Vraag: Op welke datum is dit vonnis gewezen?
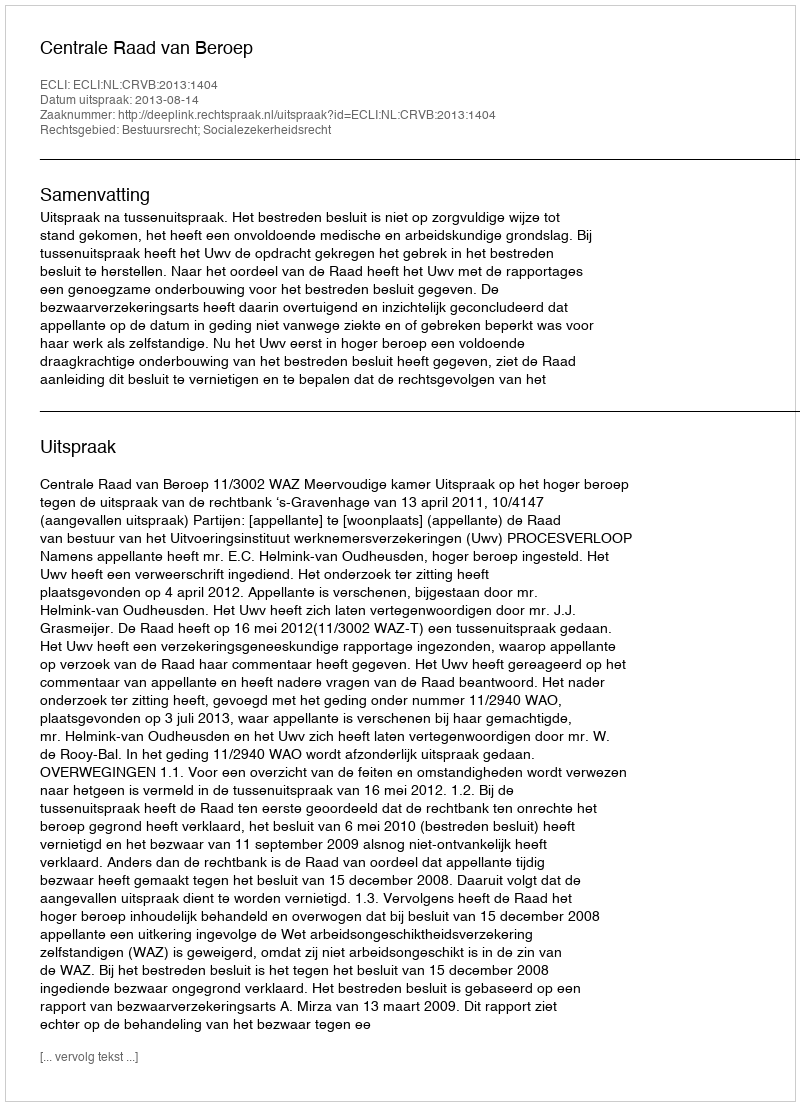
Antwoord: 2013-08-14